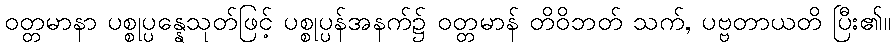
ဝတ္တမာနာ ပစ္စုပ္ပန္နေသုတ်ဖြင့် ပစ္စုပ္ပန်အနက်၌ ဝတ္တမာန် တိဝိဘတ် သက်, ပဗ္ဗတာယတိ ပြီး၏။